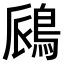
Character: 𫚺